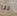
دانا